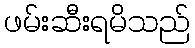
ဖမ်းဆီးရမိသည်